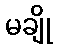
မချို